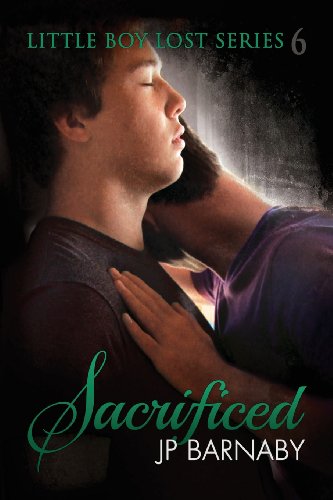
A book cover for Sacrificed (Little Boy Lost); J. P. Barnaby; Romance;